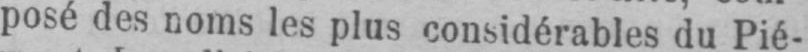
posé des noms les plus considérables du Pié-